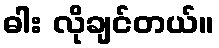
ဓါး လိုချင်တယ်။